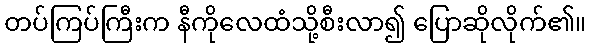
တပ်ကြပ်ကြီးက နီကိုလေထံသို့စီးလာ၍ ပြောဆိုလိုက်၏။